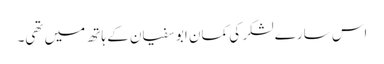
اس سارے لشکر کی کمان ابو سفیان کے ہاتھ میں تھی۔